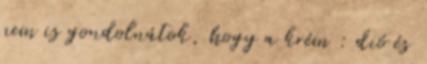
nem is gondolnátok, hogy a krém : dió és